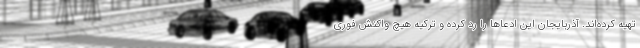
تهیه کرده‌اند. آذربایجان این ادعاها را رد کرده و ترکیه هیچ واکنش فوری